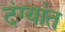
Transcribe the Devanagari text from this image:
दंग्यांत